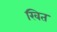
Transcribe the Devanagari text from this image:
खित